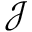
\mathcal { J }